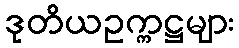
ဒုတိယဥက္ကဋ္ဌများ